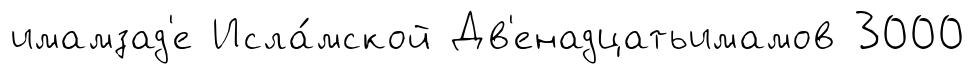
имамзад'е Исла́мской Дв'енадцатьимамов 3000